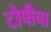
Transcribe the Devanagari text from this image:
टोपीचा